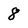
Character: 8